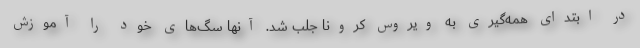
در ابتدای همه‌گیری به ویروس کرونا جلب شد. آنها سگ‌های خود را آموزش